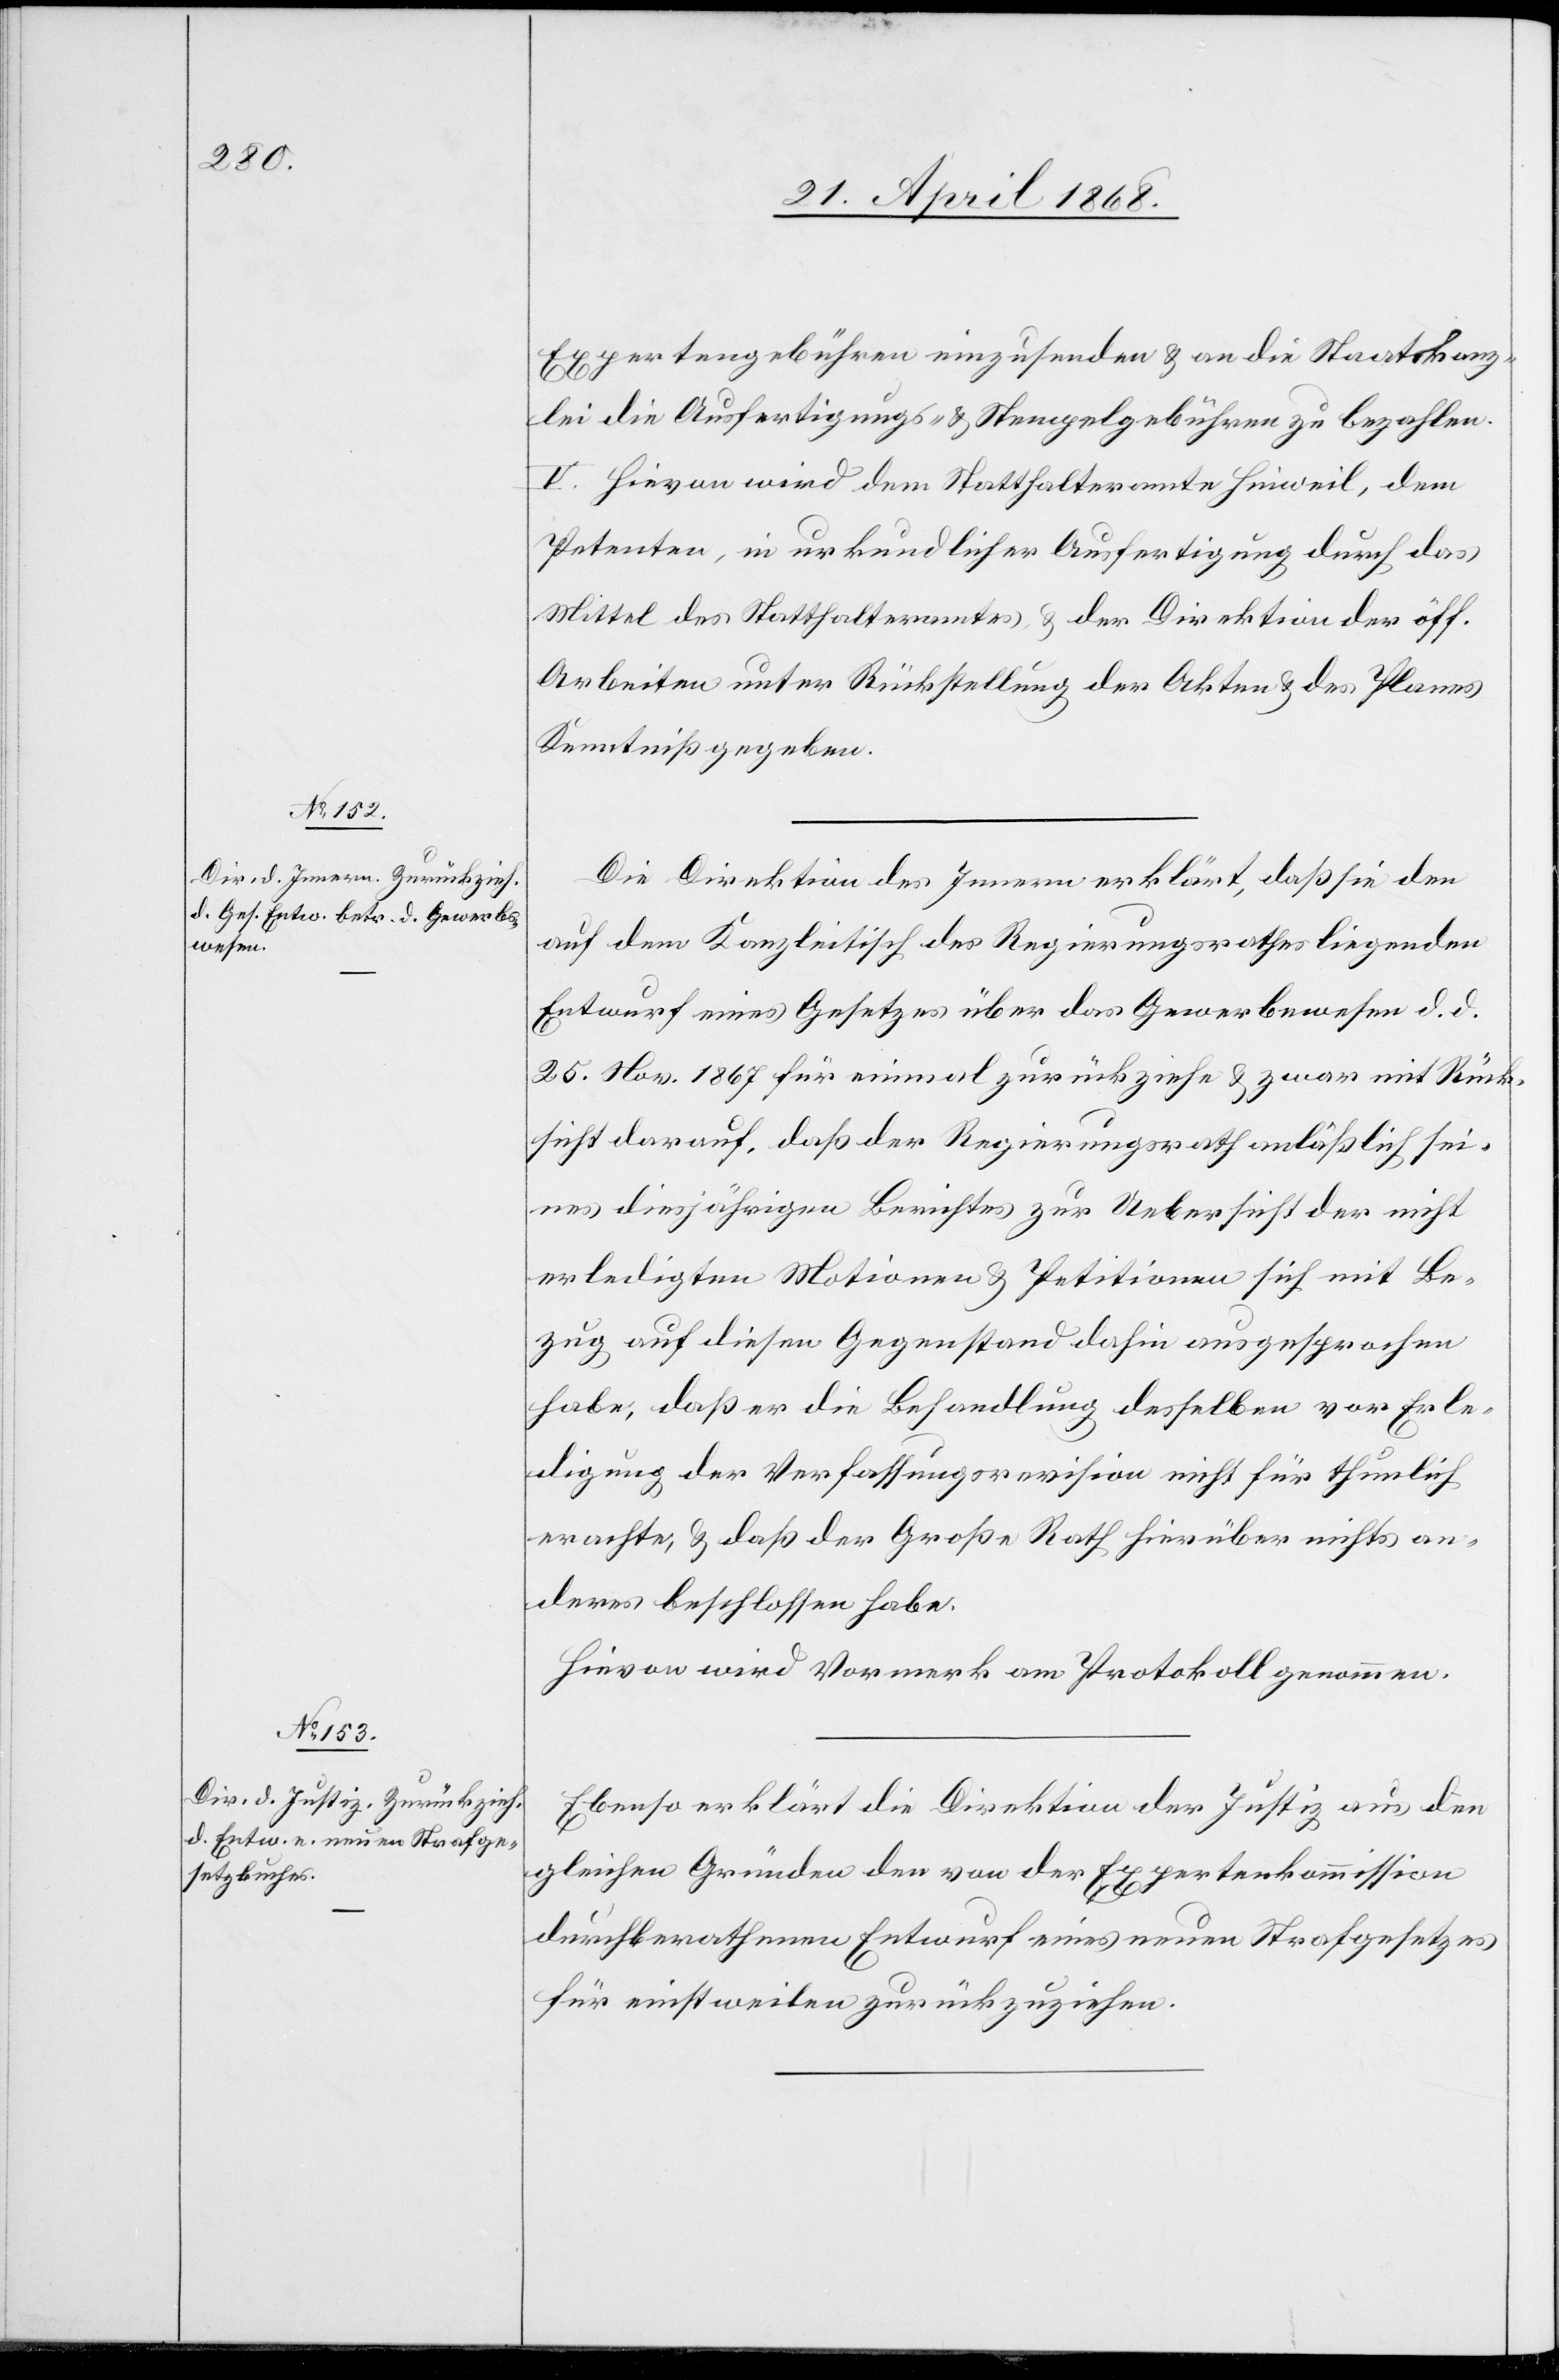
Expertengebühren einzusenden & an die Staatskanz¬
lei die Ausfertigungs- & Stempelgebühren zu bezahlen.
V. Hievon wird dem Statthalteramte Hinweil, dem
Petenten, in urkundlicher Ausfertigung durch das
Mittel des Statthalteramtes, & der Direktion der öff.
Arbeiten unter Rückstellung der Akten & des Planes
Kenntniß gegeben.
Die Direktion des Innern erklärt, daß sie den
auf dem Kanzleitisch des Regierungsrathes liegenden
Entwurf eines Gesetzes über das Gewerbewesen d. d.
25. Nov. 1867 für einmal zurückziehe & zwar mit Rück¬
sicht darauf, daß der Regierungsrath anläßlich sei¬
nes diesjährigen Berichtes zur Uebersicht der nicht
erledigten Motionen & Petitionen sich mit Be¬
zug auf diesen Gegenstand dahin ausgesprochen
habe, daß er die Behandlung desselben vor Erle¬
digung der Verfassungsrevision nicht für thunlich
erachte, & daß der Große Rath hierüber nichts an¬
deres beschlossen habe.
Hievon wird Vormerk am Protokoll genommen.
Ebenso erklärt die Direktion der Justiz aus den
gleichen Gründen den von der Expertenkommission
durchberathenen Entwurf eines neuen Strafgesetzes
für einstweilen zurückzuziehen.